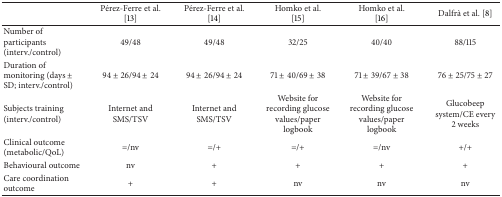
<table><thead><tr><td><b> </b></td><td><b>Pérez-Ferre et al. [13]</b></td><td><b>Pérez-Ferre et al. [14]</b></td><td><b>Homko et al. [15]</b></td><td><b>Homko et al. [16]</b></td><td><b>Dalfrà et al. [8]</b></td></tr></thead><tbody><tr><td>Number of participants (interv./control)</td><td>49/48</td><td>49/48</td><td>32/25</td><td>40/40</td><td>88/115</td></tr><tr><td>Duration of monitoring (days ± SD; interv./control)</td><td>94 ± 26/94 ± 24</td><td>94 ± 26/94 ± 24</td><td>71 ± 40/69 ± 38</td><td>71 ± 39/67 ± 38</td><td>76 ± 25/75 ± 27</td></tr><tr><td>Subjects training (interv./control)</td><td>Internet and SMS/TSV</td><td>Internet and SMS/TSV</td><td>Website for recording glucose values/paper logbook</td><td>Website for recording glucose values/paper logbook</td><td>Glucobeep system/CE every 2 weeks</td></tr><tr><td>Clinical outcome (metabolic/QoL)</td><td>=/nv</td><td>=/+</td><td>=/+</td><td>=/nv</td><td>+/+</td></tr><tr><td>Behavioural outcome </td><td>nv</td><td>+</td><td>+</td><td>+</td><td>+</td></tr><tr><td>Care coordination outcome </td><td>+</td><td>+</td><td>nv</td><td>nv</td><td>nv</td></tr></tbody></table>